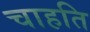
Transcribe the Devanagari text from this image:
चाहति